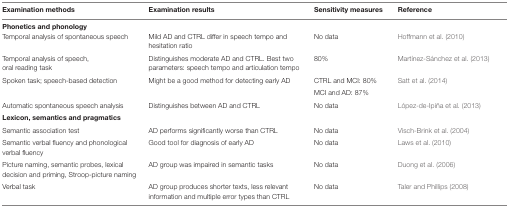
| Examination methods | Examination results | Sensitivity measures | Reference |
 | --- | --- | --- | --- |
 | <COLSPAN=4> Phonetics and phonology |
 | Temporal analysis of spontaneous speech | Mild AD and CTRL differ in speech tempo and hesitation ratio | No data | Hoffmann et al. (2010) |
 | Temporal analysis of speech, oral reading task | Distinguishes moderate AD and CTRL. Best two parameters: speech tempo and articulation tempo | 80% | Martínez-Sánchez et al. (2013) |
 | <ROWSPAN=2> Spoken task; speech-based detection | <ROWSPAN=2> Might be a good method for detecting early AD | CTRL and MCI: 80% | <ROWSPAN=2> Satt et al. (2014) |
 | MCI and AD: 87% |
 | Automatic spontaneous speech analysis | Distinguishes between AD and CTRL | No data | López-de-Ipiña et al. (2013) |
 | <COLSPAN=4> Lexicon, semantics and pragmatics |
 | Semantic association test | AD performs significantly worse than CTRL | No data | Visch-Brink et al. (2004) |
 | Semantic verbal fluency and phonological verbal fluency | Good tool for diagnosis of early AD | No data | Laws et al. (2010) |
 | Picture naming, semantic probes, lexical decision and priming, Stroop-picture naming | AD group was impaired in semantic tasks | No data | Duong et al. (2006) |
 | Verbal task | AD group produces shorter texts, less relevant information and multiple error types than CTRL | No data | Taler and Phillips (2008) |